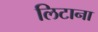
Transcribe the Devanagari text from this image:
लिटाना